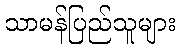
သာမန်ပြည်သူများ